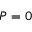
P = 0